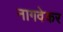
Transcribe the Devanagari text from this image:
नागवेकर